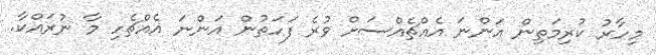
މިހާރު ކުރިމަތިން އަންނަ އެއްޗެއްސަށް ވުރެ ފަހަތުން އަންނަ އެއްޗެހި މާ ނުރައްކާ.